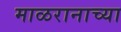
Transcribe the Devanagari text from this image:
माळरानाच्या